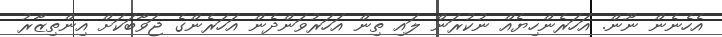
އެހެނެން ނޫން. އަހަރެންހިޔެއް ނުކުރަން ލައި ތިން އަހަރުވަންދެން އަހަރެންގެ ޖަވާބަކަށް އިންތިޒާރު